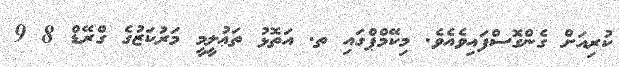
ކުރިއަށް ގެންގޮސްފައިވެއެވެ. މިކޭމްޕްގައި ތ. އަތޮޅު ތަޢުލީމީ މަރުކަޒުގެ ގްރޭޑް 8 9